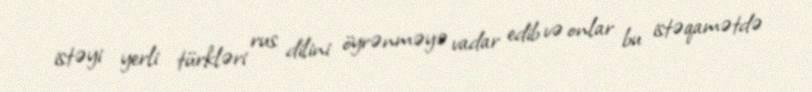
istəyi yerli türkləri rus dilini öyrənməyə vadar edib və onlar bu istəqamətdə